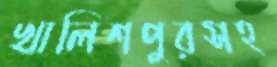
খালিশপুরসহ